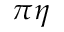
\pi \eta